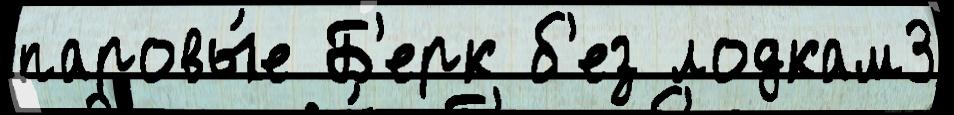
паровы́е Б'ерк б'ез лодкам3